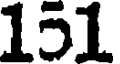
151